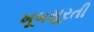
ખૂબસૂરતી